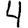
Digit: 4